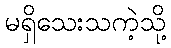
မရှိသေးသကဲ့သို့